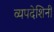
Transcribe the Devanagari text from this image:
व्यपदेशिनी